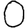
Digit: 0